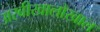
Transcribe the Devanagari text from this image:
अरबीखालोखाल